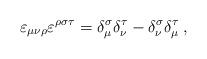
LaTeX: \begin{align*}\varepsilon _{\mu \nu \rho }\varepsilon ^{\rho \sigma \tau }=\delta _\mu^\sigma \delta _\nu ^\tau -\delta _\nu ^\sigma \delta _\mu ^\tau \;,\end{align*}